Vaccination in Bombay 1913-1923 - 1913-1923
Year: 1913
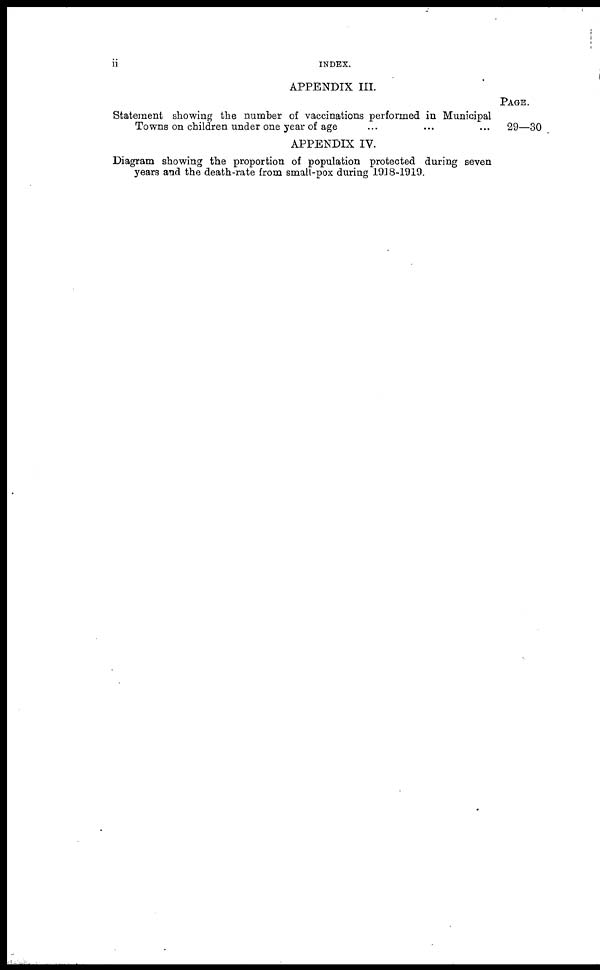
ii
INDEX.
APPENDIX III.
PAGE.
Statement showing the number of vaccinations performed in Municipal
Towns on children under one year of age
29—30 .
APPENDIX IV.
Diagram showing the proportion of population protected during seven
years and the death-rate from small-pox during 1918-1919.